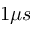
1 \mu s